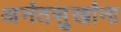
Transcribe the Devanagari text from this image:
अनंतसुखांना